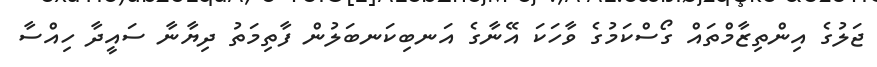
ޖަލުގެ އިންތިޒާމްތައް ގޯސްކަމުގެ ވާހަކަ އޭނާގެ އަނބިކަނބަލުން ފާތިމަތު ދިޔާނާ ސައީދާ ހިއްސާ